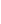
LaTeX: r\! \! \! \! \! \! \! \! \! \! \! \! _{\! }\! \! \! \! \! \! \! \! \! \! \! 0\! \! \! \! \! \! \! \! \! \! \! \! >\! \! \! \! \! \! \! \! \! \! \! \! \bar{r}\! \! \! \! \! \! \! \! \! \! \! \! >r\! \! \! \! \! \! \! \! \! \! \! \! _{\! }\! \! \! \! \! \! \! \! \! \! \! 1\! \! \! \! \! \! \! \! \! \! \! \! >\! \! \! \! \! \! \! \! \! \! \! \! 0\! \! \! \! \! \! \! \! \! \! \!